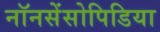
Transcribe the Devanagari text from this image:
नॉनसेंसोपिडिया